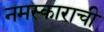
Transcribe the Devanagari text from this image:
नमस्काराची